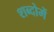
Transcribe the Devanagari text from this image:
शब्दोमें